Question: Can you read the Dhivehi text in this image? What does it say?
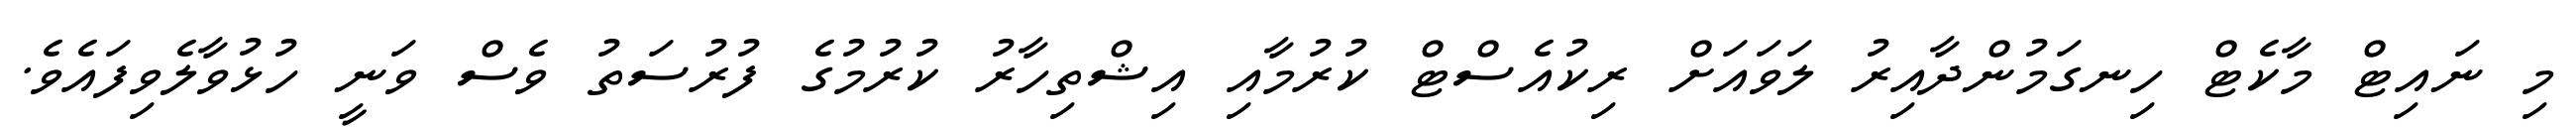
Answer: މި ނައިޓް މާކެޓް ހިނގަމުންދާއިރު ލަވައަށް ރިކުއެސްޓް ކުރުމާއި އިޝްތިހާރު ކުރުމުގެ ފުރުސަތު ވެސް ވަނީ ހުޅުވާލެވިފައެވެ.